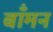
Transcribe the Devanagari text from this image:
बाँमन